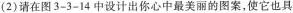
(2)请在图3-3-14中设计出你心中最美丽的图案，使它也具